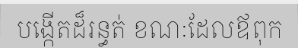
បង្កើតដ៏រន្ធត់ ខណៈដែលឪពុក